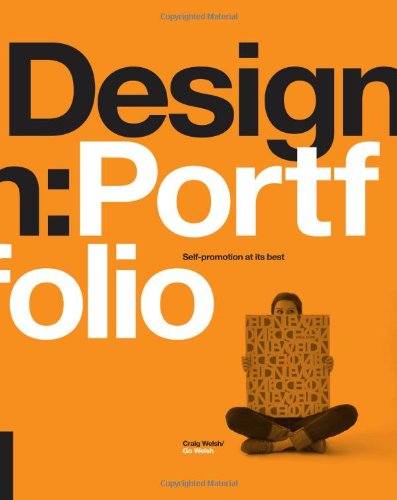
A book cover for Design: Portfolio: Self promotion at its best; Craig Welsh; Arts & Photography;